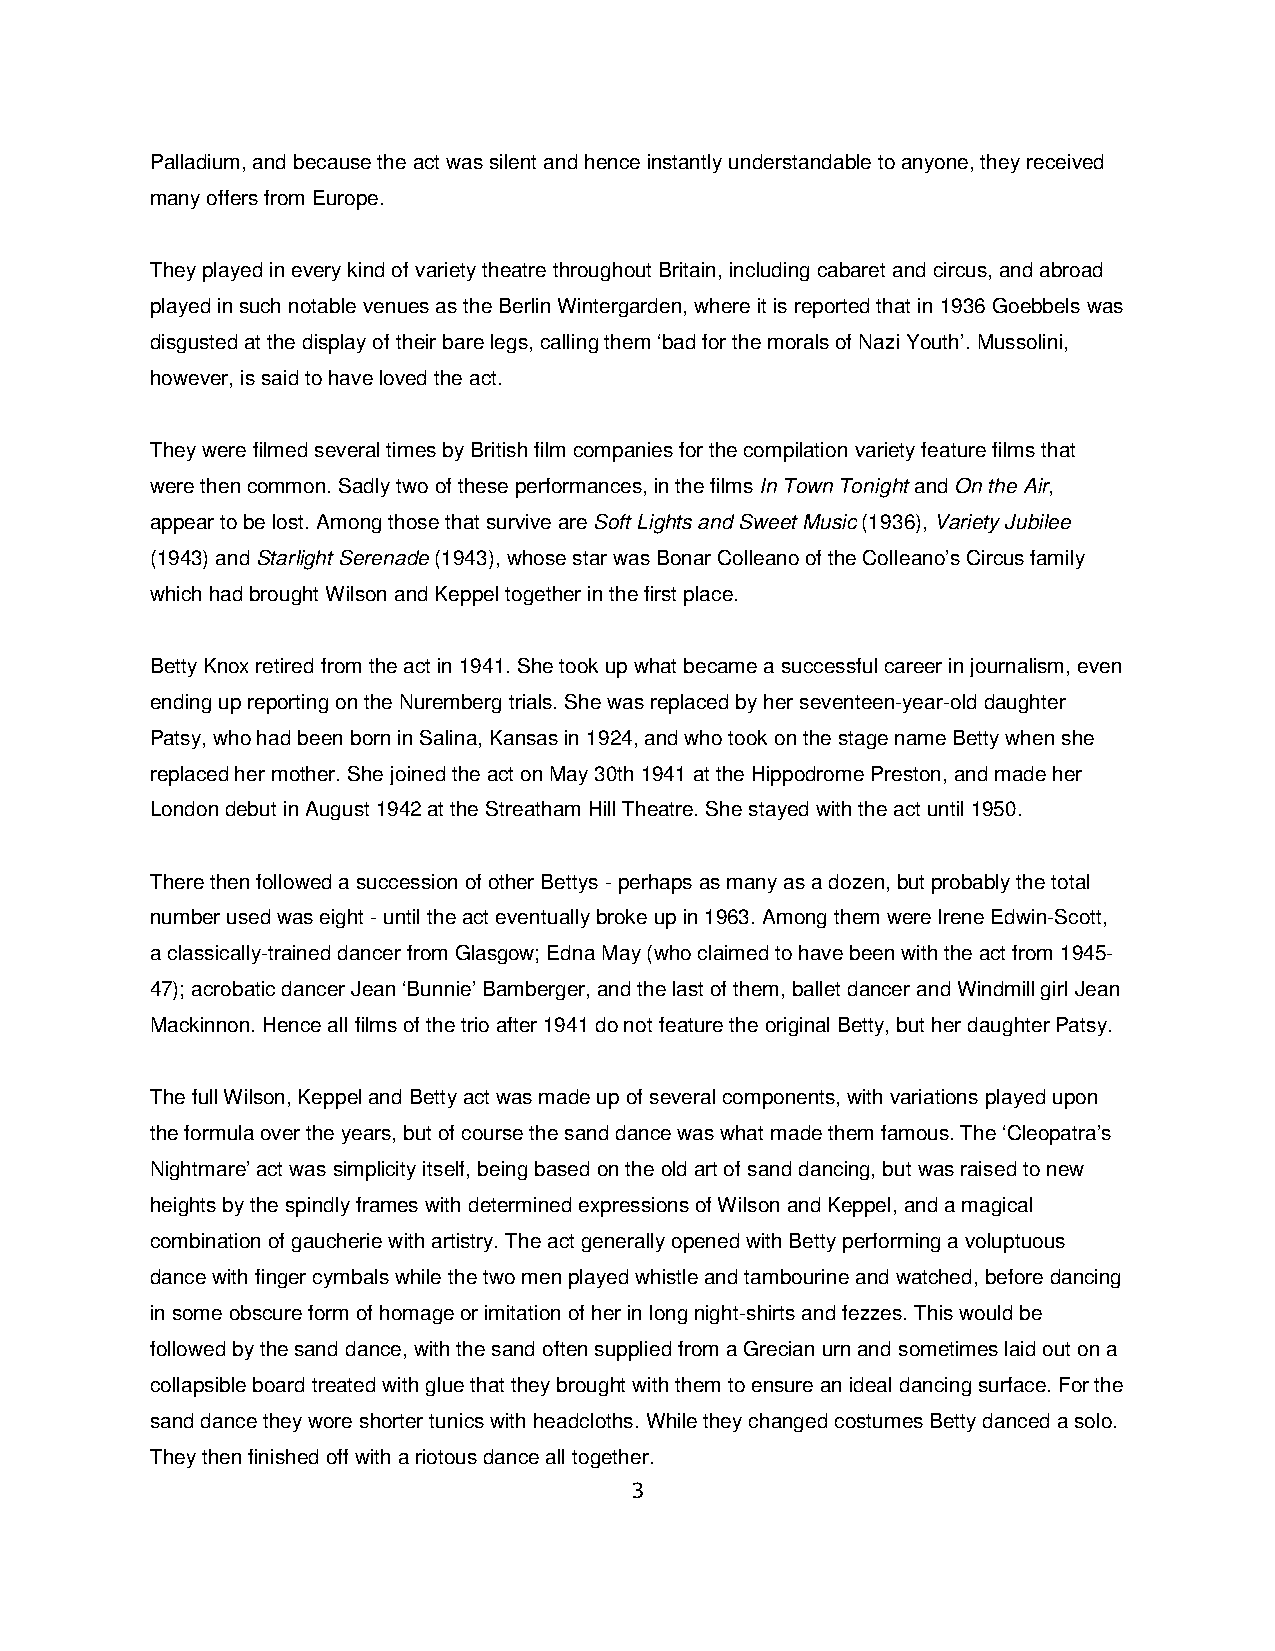
Palladium, and because the act was silent and hence instantly understandable to anyone, they received
 many offers from Europe.
 They played in every kind of variety theatre throughout Britain, including cabaret and circus, and abroad
 played in such notable venues as the Berlin Wintergarden, where it is reported that in 1936 Goebbels was
 disgusted at the display of their bare legs, calling them ‘bad for the morals of Nazi Youth’. Mussolini,
 however, is said to have loved the act.
 They were filmed several times by British film companies for the compilation variety feature films that
 were then common. Sadly two of these performances, in the films In Town Tonight and On the Air,
 appear to be lost. Among those that survive are Soft Lights and Sweet Music (1936), Variety Jubilee
 (1943) and Starlight Serenade (1943), whose star was Bonar Colleano of the Colleano’s Circus family
 which had brought Wilson and Keppel together in the first place.
 Betty Knox retired from the act in 1941. She took up what became a successful career in journalism, even
 ending up reporting on the Nuremberg trials. She was replaced by her seventeen-year-old daughter
 Patsy, who had been born in Salina, Kansas in 1924, and who took on the stage name Betty when she
 replaced her mother. She joined the act on May 30th 1941 at the Hippodrome Preston, and made her
 London debut in August 1942 at the Streatham Hill Theatre. She stayed with the act until 1950.
 There then followed a succession of other Bettys - perhaps as many as a dozen, but probably the total
 number used was eight - until the act eventually broke up in 1963. Among them were Irene Edwin-Scott,
 a classically-trained dancer from Glasgow; Edna May (who claimed to have been with the act from 1945-
 47); acrobatic dancer Jean ‘Bunnie’ Bamberger, and the last of them, ballet dancer and Windmill girl Jean
 Mackinnon. Hence all films of the trio after 1941 do not feature the original Betty, but her daughter Patsy.
 The full Wilson, Keppel and Betty act was made up of several components, with variations played upon
 the formula over the years, but of course the sand dance was what made them famous. The ‘Cleopatra’s
 Nightmare’ act was simplicity itself, being based on the old art of sand dancing, but was raised to new
 heights by the spindly frames with determined expressions of Wilson and Keppel, and a magical
 combination of gaucherie with artistry. The act generally opened with Betty performing a voluptuous
 dance with finger cymbals while the two men played whistle and tambourine and watched, before dancing
 in some obscure form of homage or imitation of her in long night-shirts and fezzes. This would be
 followed by the sand dance, with the sand often supplied from a Grecian urn and sometimes laid out on a
 collapsible board treated with glue that they brought with them to ensure an ideal dancing surface. For the
 sand dance they wore shorter tunics with headcloths. While they changed costumes Betty danced a solo.
 They then finished off with a riotous dance all together.
 3